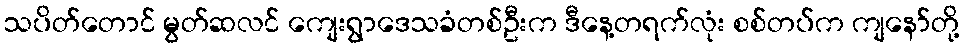
သပိတ်တောင် မွတ်ဆလင် ကျေးရွာဒေသခံတစ်ဦးက ဒီနေ့တရက်လုံး စစ်တပ်က ကျနော်တို့